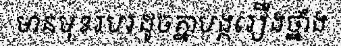
មានមុខរបរដូចគ្នាបង្ករឿងថ្នាំង